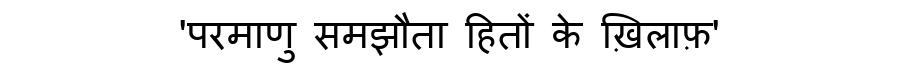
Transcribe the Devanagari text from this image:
'परमाणु समझौता हितों के ख़िलाफ़'